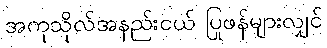
အကုသိုလ်အနည်းငယ် ပြုဖန်များလျှင်